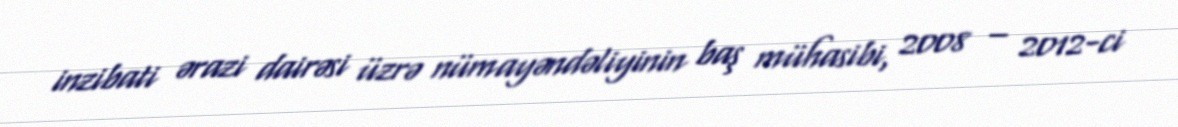
inzibati ərazi dairəsi üzrə nümayəndəliyinin baş mühasibi, 2008 – 2012-ci